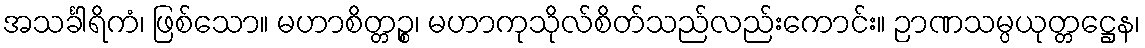
အသင်္ခါရိကံ၊ ဖြစ်သော။ မဟာစိတ္တဉ္စ၊ မဟာကုသိုလ်စိတ်သည်လည်းကောင်း။ ဉာဏသမ္ပယုတ္တဋ္ဌေန၊